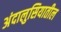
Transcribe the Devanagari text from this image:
अंदालुसियातील